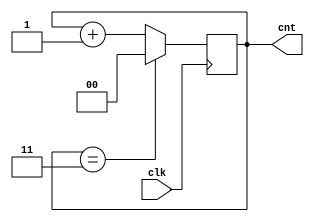
`timescale 1ns / 1ps
//////////////////////////////////////////////////////////////////////////////////
// Company: 
// Engineer: 
// 
// Design Name: 
// Module Name: counter
// Project Name: 
// Target Devices: 
// Tool Versions: 
// Description: 
// 
// Dependencies: 
// 
// Revision:
// Revision 0.01 - File Created
// Additional Comments:
// 
//////////////////////////////////////////////////////////////////////////////////

module counter(clk,cnt);
input clk;
output reg [1:0] cnt = 0;
always@(posedge clk) begin
if(cnt == 2'b11)
cnt <= 2'b00;
else
cnt <= cnt + 1'b1;
end
endmodule